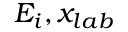
E _ { i } , x _ { l a b }